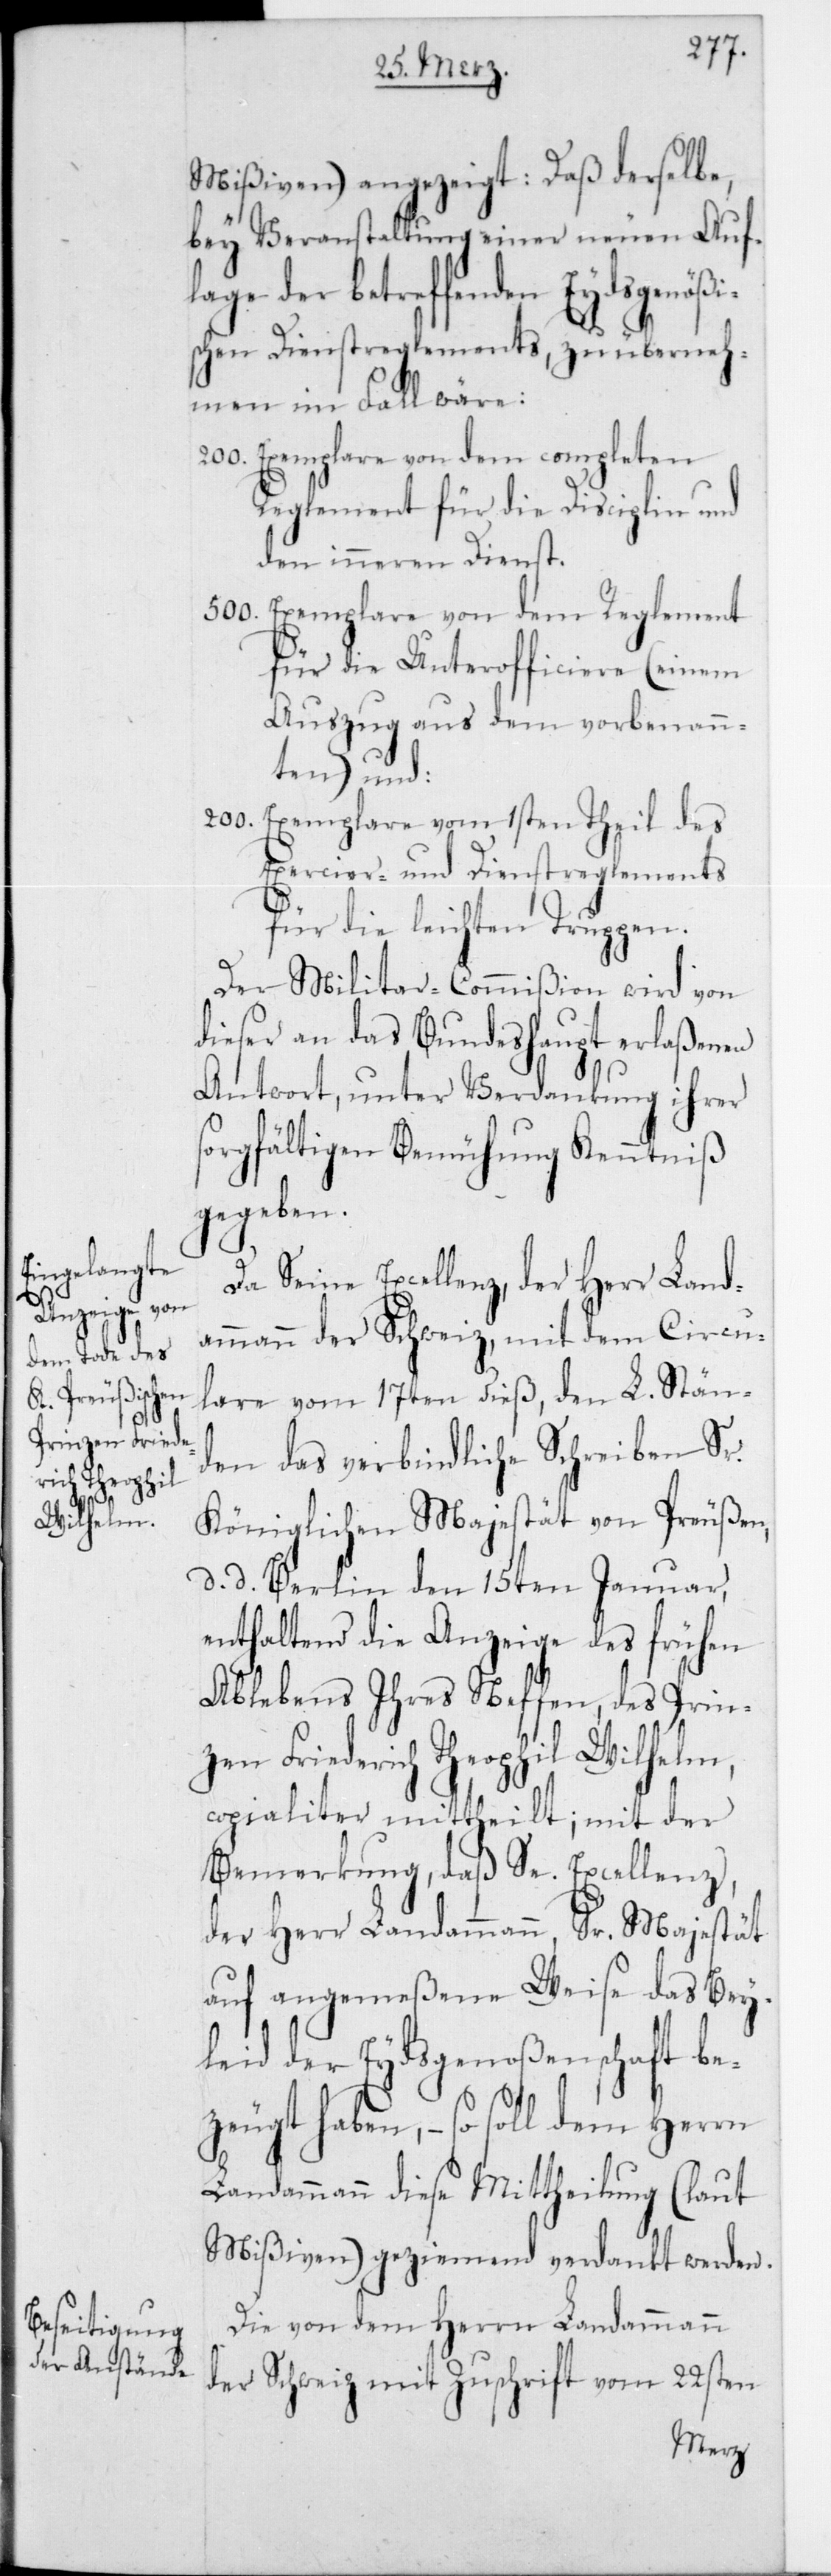
Mißiven) angezeigt: daß derselbe,
bey Veranstaltung einer neuen Auf¬
lage der betreffenden Eydsgenößi¬
schen Dienstreglements, zu überneh¬
men im Fall wäre:
Exemplare von dem completen
Reglement für die Disciplin und
den inneren Dienst.
500
Exemplare von dem Reglement
für die Unterofficiere (einem
Auszug aus dem Vorbenann¬
ten) und:
200
Exemplare vom ersten Teil des
Exercier- und Dienstreglements
für die leichten Truppen.
Der Militar-Commißion wird von
dieser an das Bundeshaupt erlaßenen
Antwort, unter Verdankung ihrer
sorgfältigen Bemühung Kenntniß
gegeben.
Da Seine Excellenz, der Herr Land¬
ammann der Schweiz, mit dem Circu¬
lare vom 17ten dieß, den L. Stän¬
den das verbindliche Schreiben Sr.
Königlichen Majestät von Preußen,
d. d. Berlin den 15ten Januar,
enthaltend die Anzeige des frühen
Ablebens Ihres Neffen, des Prin¬
zen Friederich Theophil Wilhelm,
copialiter mittheilt; mit der
Bemerkung, daß Se. Excellenz,
der Herr Landammann Sr. Majestät
auf angemeßene Weise das Bey¬
leid der Eydsgenoßenschaft be¬
zeugt haben, – so soll dem Herrn
Landammann diese Mittheilung (laut
Mißiven) geziemend verdankt werden.
Die von dem Herrn Landammann
der Schweiz mit Zuschrift vom 22sten